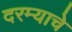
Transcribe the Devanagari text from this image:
दरम्याचे